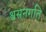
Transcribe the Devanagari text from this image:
श्वसनगति